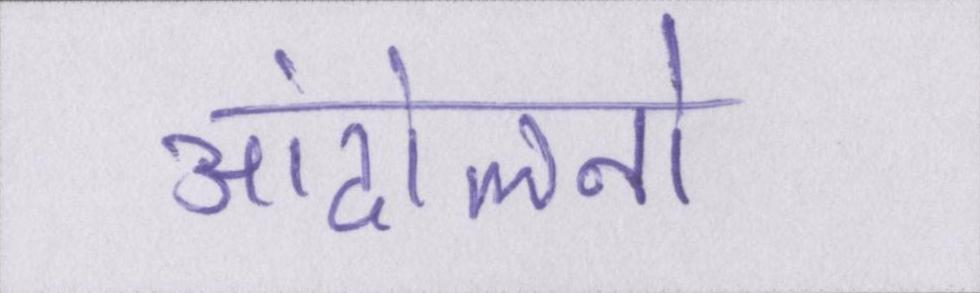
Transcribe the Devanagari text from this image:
आंदोलनों